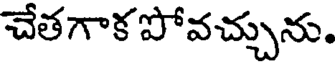
చేతగాక పోవచ్చును.